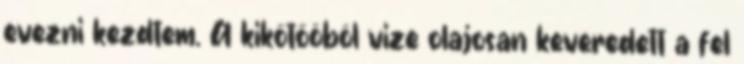
evezni kezdtem. A kikötőöböl vize olajosan keveredett a fel